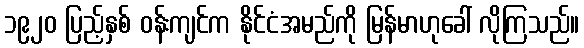
၁၉၂၀ ပြည့်နှစ် ဝန်းကျင်က နိုင်ငံအမည်ကို မြန်မာဟုခေါ် လိုကြသည်။